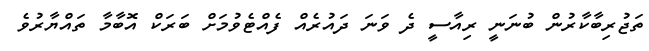
ތަޖުރިބާކާރުން ބުނަނީ ރިއާސީ ދެ ވަނަ ދައުރެއް ފެއްޓެވުމަށް ބަރަކް އޮބާމާ ތައްޔާރުވެ